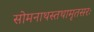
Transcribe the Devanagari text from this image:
सोमनाथस्तथामृतसरः